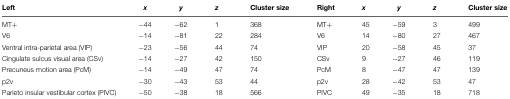
<table><thead><tr><td><b>Left</b></td><td><b><i>x</i></b></td><td><b><i>y</i></b></td><td><b><i>z</i></b></td><td><b>Cluster size</b></td><td><b>Right</b></td><td><b><i>x</i></b></td><td><b><i>y</i></b></td><td><b><i>z</i></b></td><td><b>Cluster size</b></td></tr></thead><tbody><tr><td>MT+</td><td>−44</td><td>−62</td><td>1</td><td>368</td><td>MT+</td><td>45</td><td>−59</td><td>3</td><td>499</td></tr><tr><td>V6</td><td>−14</td><td>−81</td><td>22</td><td>284</td><td>V6</td><td>14</td><td>−80</td><td>27</td><td>467</td></tr><tr><td>Ventral intra-parietal area (VIP)</td><td>−23</td><td>−56</td><td>44</td><td>74</td><td>VIP</td><td>20</td><td>−58</td><td>45</td><td>37</td></tr><tr><td>Cingulate sulcus visual area (CSv)</td><td>−14</td><td>−27</td><td>42</td><td>150</td><td>CSv</td><td>9</td><td>−27</td><td>46</td><td>119</td></tr><tr><td>Precuneus motion area (PcM)</td><td>−14</td><td>−49</td><td>47</td><td>74</td><td>PcM</td><td>8</td><td>−47</td><td>47</td><td>139</td></tr><tr><td>p2v</td><td>−30</td><td>−43</td><td>53</td><td>44</td><td>p2v</td><td>28</td><td>−42</td><td>53</td><td>47</td></tr><tr><td>Parieto insular vestibular cortex (PIVC)</td><td>−50</td><td>−38</td><td>18</td><td>566</td><td>PIVC</td><td>49</td><td>−35</td><td>18</td><td>718</td></tr></tbody></table>